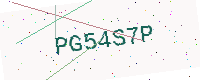
Text: PG54S7P